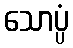
သောပ္ပံ